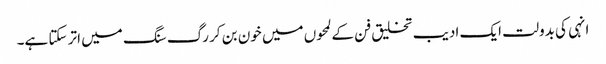
انہی کی بدولت ایک ادیب تخلیق فن کے لمحوں میں خون بن کر رگ سنگ میں اتر سکتا ہے۔